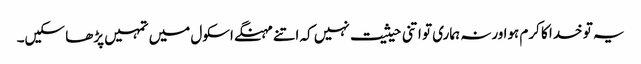
یہ تو خدا کا کرم ہوا ورنہ ہماری تو اتنی حیثیت نہیں کہ اتنے مہنگے اسکول میں تمہیں پڑھا سکیں۔